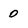
Character: 0